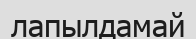
лапылдамай